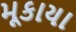
મૂકાયા